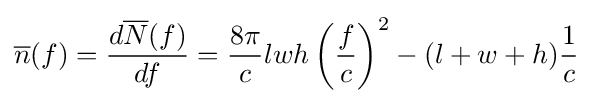
{\overline {n}}(f)={\frac {d{\overline {N}}(f)}{df}}={\frac {8\pi }{c}}lwh\left({\frac {f}{c}}\right)^{2}-(l+w+h){\frac {1}{c}}